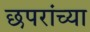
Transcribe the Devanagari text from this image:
छपरांच्या